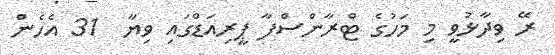
ރޭ ވިދާޅުވީ މި މަހުގެ ޓްރާންސްފާ ޕީރިއަޑްގައި ވިޔާ  31 އެހެން